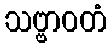
သဗ္ဗာဝတံ